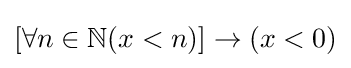
[\forall n\in \mathbb {N} (x<n)]\rightarrow (x<0)